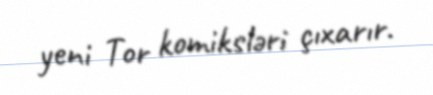
yeni Tor komiksləri çıxarır.